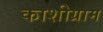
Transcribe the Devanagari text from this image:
काशीग्राम